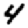
Digit: 4